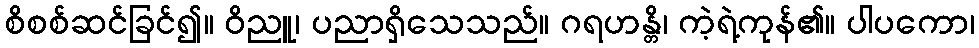
စိစစ်ဆင်ခြင်၍။ ဝိညူ၊ ပညာရှိသေသည်။ ဂရဟန္တိ၊ ကဲ့ရဲ့ကုန်၏။ ပါပကော၊